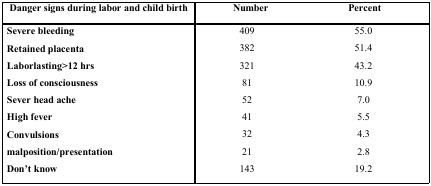
| Danger signs during labor and child birth | Number | Percent |
 | --- | --- | --- |
 | Severe bleeding | 409 | 55.0 |
 | Retained placenta | 382 | 51.4 |
 | Laborlasting>12 hrs | 321 | 43.2 |
 | Loss of consciousness | 81 | 10.9 |
 | Sever head ache | 52 | 7.0 |
 | High fever | 41 | 5.5 |
 | Convulsions | 32 | 4.3 |
 | malposition/presentation | 21 | 2.8 |
 | Don't know | 143 | 19.2 |